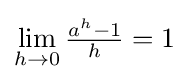
\lim _{h\to 0}{\tfrac {a^{h}-1}{h}}=1